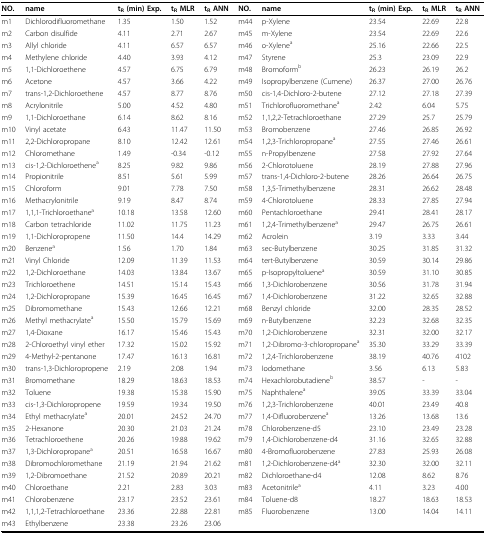
<table><thead><tr><td><b>NO.</b></td><td><b>name</b></td><td><b>t<sub>R</sub> (min) Exp.</b></td><td><b>t<sub>R</sub> MLR</b></td><td><b>t<sub>R</sub> ANN</b></td><td><b>NO.</b></td><td><b>name</b></td><td><b>t<sub>R</sub> (min) Exp.</b></td><td><b>t<sub>R</sub> MLR</b></td><td><b>t<sub>R</sub> ANN</b></td></tr></thead><tbody><tr><td>m1</td><td>Dichlorodifluoromethane</td><td>1.35</td><td>1.50</td><td>1.52</td><td>m44</td><td>p-Xylene</td><td>23.54</td><td>22.69</td><td>22.8</td></tr><tr><td>m2</td><td>Carbon disulfide</td><td>4.11</td><td>2.71</td><td>2.67</td><td>m45</td><td>m-Xylene</td><td>23.54</td><td>22.69</td><td>22.6</td></tr><tr><td>m3</td><td>Allyl chloride</td><td>4.11</td><td>6.57</td><td>6.57</td><td>m46</td><td>o-Xylene<sup>a</sup></td><td>25.16</td><td>22.66</td><td>22.5</td></tr><tr><td>m4</td><td>Methylene chloride</td><td>4.40</td><td>3.93</td><td>4.12</td><td>m47</td><td>Styrene</td><td>25.3</td><td>23.09</td><td>22.9</td></tr><tr><td>m5</td><td>1,1-Dichloroethene</td><td>4.57</td><td>6.75</td><td>6.79</td><td>m48</td><td>Bromoform<sup>b</sup></td><td>26.23</td><td>26.19</td><td>26.2</td></tr><tr><td>m6</td><td>Acetone</td><td>4.57</td><td>3.66</td><td>4.22</td><td>m49</td><td>Isopropylbenzene (Cumene)</td><td>26.37</td><td>27.00</td><td>26.76</td></tr><tr><td>m7</td><td>trans-1,2-Dichloroethene</td><td>4.57</td><td>8.77</td><td>8.76</td><td>m50</td><td>cis-1,4-Dichloro-2-butene</td><td>27.12</td><td>27.18</td><td>27.39</td></tr><tr><td>m8</td><td>Acrylonitrile</td><td>5.00</td><td>4.52</td><td>4.80</td><td>m51</td><td>Trichlorofluoromethane<sup>a</sup></td><td>2.42</td><td>6.04</td><td>5.75</td></tr><tr><td>m9</td><td>1,1-Dichloroethane</td><td>6.14</td><td>8.62</td><td>8.16</td><td>m52</td><td>1,1,2,2-Tetrachloroethane</td><td>27.29</td><td>25.7</td><td>25.79</td></tr><tr><td>m10</td><td>Vinyl acetate</td><td>6.43</td><td>11.47</td><td>11.50</td><td>m53</td><td>Bromobenzene</td><td>27.46</td><td>26.85</td><td>26.92</td></tr><tr><td>m11</td><td>2,2-Dichloropropane</td><td>8.10</td><td>12.42</td><td>12.61</td><td>m54</td><td>1,2,3-Trichloropropane<sup>a</sup></td><td>27.55</td><td>27.46</td><td>26.61</td></tr><tr><td>m12</td><td>Chloromethane</td><td>1.49</td><td>-0.34</td><td>-0.12</td><td>m55</td><td>n-Propylbenzene</td><td>27.58</td><td>27.92</td><td>27.64</td></tr><tr><td>m13</td><td>cis-1,2-Dichloroethene<sup>a</sup></td><td>8.25</td><td>9.82</td><td>9.86</td><td>m56</td><td>2-Chlorotoluene</td><td>28.19</td><td>27.88</td><td>27.96</td></tr><tr><td>m14</td><td>Propionitrile</td><td>8.51</td><td>5.61</td><td>5.99</td><td>m57</td><td>trans-1,4-Dichloro-2-butene</td><td>28.26</td><td>26.64</td><td>26.75</td></tr><tr><td>m15</td><td>Chloroform</td><td>9.01</td><td>7.78</td><td>7.50</td><td>m58</td><td>1,3,5-Trimethylbenzene</td><td>28.31</td><td>26.62</td><td>28.48</td></tr><tr><td>m16</td><td>Methacrylonitrile</td><td>9.19</td><td>8.47</td><td>8.74</td><td>m59</td><td>4-Chlorotoluene</td><td>28.33</td><td>27.85</td><td>27.94</td></tr><tr><td>m17</td><td>1,1,1-Trichloroethane<sup>a</sup></td><td>10.18</td><td>13.58</td><td>12.60</td><td>m60</td><td>Pentachloroethane</td><td>29.41</td><td>28.41</td><td>28.17</td></tr><tr><td>m18</td><td>Carbon tetrachloride</td><td>11.02</td><td>11.75</td><td>11.23</td><td>m61</td><td>1,2,4-Trimethylbenzene<sup>a</sup></td><td>29.47</td><td>26.75</td><td>26.61</td></tr><tr><td>m19</td><td>1,1-Dichloropropene</td><td>11.50</td><td>14.4</td><td>14.29</td><td>m62</td><td>Acrolein</td><td>3.19</td><td>3.33</td><td>3.44</td></tr><tr><td>m20</td><td>Benzene<sup>a</sup></td><td>1.56</td><td>1.70</td><td>1.84</td><td>m63</td><td>sec-Butylbenzene</td><td>30.25</td><td>31.85</td><td>31.32</td></tr><tr><td>m21</td><td>Vinyl Chloride</td><td>12.09</td><td>11.39</td><td>11.53</td><td>m64</td><td>tert-Butylbenzene</td><td>30.59</td><td>30.14</td><td>29.86</td></tr><tr><td>m22</td><td>1,2-Dichloroethane</td><td>14.03</td><td>13.84</td><td>13.67</td><td>m65</td><td>p-Isopropyltoluene<sup>a</sup></td><td>30.59</td><td>31.10</td><td>30.85</td></tr><tr><td>m23</td><td>Trichloroethene</td><td>14.51</td><td>15.14</td><td>15.43</td><td>m66</td><td>1,3-Dichlorobenzene</td><td>30.56</td><td>31.78</td><td>31.94</td></tr><tr><td>m24</td><td>1,2-Dichloropropane</td><td>15.39</td><td>16.45</td><td>16.45</td><td>m67</td><td>1,4-Dichlorobenzene</td><td>31.22</td><td>32.65</td><td>32.88</td></tr><tr><td>m25</td><td>Dibromomethane</td><td>15.43</td><td>12.66</td><td>12.21</td><td>m68</td><td>Benzyl chloride</td><td>32.00</td><td>28.35</td><td>28.52</td></tr><tr><td>m26</td><td>Methyl methacrylate<sup>a</sup></td><td>15.50</td><td>15.79</td><td>15.69</td><td>m69</td><td>n-Butylbenzene</td><td>32.23</td><td>32.68</td><td>32.35</td></tr><tr><td>m27</td><td>1,4-Dioxane</td><td>16.17</td><td>15.46</td><td>15.43</td><td>m70</td><td>1,2-Dichlorobenzene</td><td>32.31</td><td>32.00</td><td>32.17</td></tr><tr><td>m28</td><td>2-Chloroethyl vinyl ether</td><td>17.32</td><td>15.02</td><td>15.92</td><td>m71</td><td>1,2-Dibromo-3-chloropropane<sup>a</sup></td><td>35.30</td><td>33.29</td><td>33.39</td></tr><tr><td>m29</td><td>4-Methyl-2-pentanone</td><td>17.47</td><td>16.13</td><td>16.81</td><td>m72</td><td>1,2,4-Trichlorobenzene</td><td>38.19</td><td>40.76</td><td>4102</td></tr><tr><td>m30</td><td>trans-1,3-Dichloropropene</td><td>2.19</td><td>2.08</td><td>1.94</td><td>m73</td><td>Iodomethane</td><td>3.56</td><td>6.13</td><td>5.83</td></tr><tr><td>m31</td><td>Bromomethane</td><td>18.29</td><td>18.63</td><td>18.53</td><td>m74</td><td>Hexachlorobutadiene<sup>b</sup></td><td>38.57</td><td>-</td><td>-</td></tr><tr><td>m32</td><td>Toluene</td><td>19.38</td><td>15.38</td><td>15.90</td><td>m75</td><td>Naphthalene<sup>a</sup></td><td>39.05</td><td>33.39</td><td>33.04</td></tr><tr><td>m33</td><td>cis-1,3-Dichloropropene</td><td>19.59</td><td>19.34</td><td>19.50</td><td>m76</td><td>1,2,3-Trichlorobenzene</td><td>40.01</td><td>23.49</td><td>40.8</td></tr><tr><td>m34</td><td>Ethyl methacrylate<sup>a</sup></td><td>20.01</td><td>24.52</td><td>24.70</td><td>m77</td><td>1,4-Difluorobenzene<sup>a</sup></td><td>13.26</td><td>13.68</td><td>13.6</td></tr><tr><td>m35</td><td>2-Hexanone</td><td>20.30</td><td>21.03</td><td>21.24</td><td>m78</td><td>Chlorobenzene-d5</td><td>23.10</td><td>23.49</td><td>23.28</td></tr><tr><td>m36</td><td>Tetrachloroethene</td><td>20.26</td><td>19.88</td><td>19.62</td><td>m79</td><td>1,4-Dichlorobenzene-d4</td><td>31.16</td><td>32.65</td><td>32.88</td></tr><tr><td>m37</td><td>1,3-Dichloropropane<sup>a</sup></td><td>20.51</td><td>16.58</td><td>16.67</td><td>m80</td><td>4-Bromofluorobenzene</td><td>27.83</td><td>25.93</td><td>26.08</td></tr><tr><td>m38</td><td>Dibromochloromethane</td><td>21.19</td><td>21.94</td><td>21.62</td><td>m81</td><td>1,2-Dichlorobenzene-d4<sup>a</sup></td><td>32.30</td><td>32.00</td><td>32.11</td></tr><tr><td>m39</td><td>1,2-Dibromoethane</td><td>21.52</td><td>20.89</td><td>20.21</td><td>m82</td><td>Dichloroethane-d4</td><td>12.08</td><td>8.62</td><td>8.76</td></tr><tr><td>m40</td><td>Chloroethane</td><td>2.21</td><td>2.83</td><td>3.03</td><td>m83</td><td>Acetonitrile<sup>a</sup></td><td>4.11</td><td>3.23</td><td>4.00</td></tr><tr><td>m41</td><td>Chlorobenzene</td><td>23.17</td><td>23.52</td><td>23.61</td><td>m84</td><td>Toluene-d8</td><td>18.27</td><td>18.63</td><td>18.53</td></tr><tr><td>m42</td><td>1,1,1,2-Tetrachloroethane</td><td>23.36</td><td>22.88</td><td>22.81</td><td>m85</td><td>Fluorobenzene</td><td>13.00</td><td>14.04</td><td>14.11</td></tr><tr><td>m43</td><td>Ethylbenzene</td><td>23.38</td><td>23.26</td><td>23.06</td><td></td><td></td><td></td><td></td><td></td></tr></tbody></table>